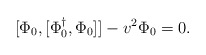
\begin{align*}[\Phi_0, [\Phi^\dagger_0, \Phi_0]] - v^2 \Phi_0 = 0.\end{align*}